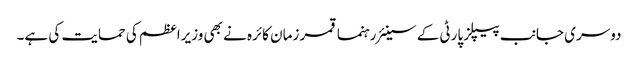
دوسری جانب پیپلز پارٹی کے سینئر رہنما قمر زمان کائرہ نے بھی وزیراعظم کی حمایت کی ہے۔